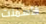
الأسمنت